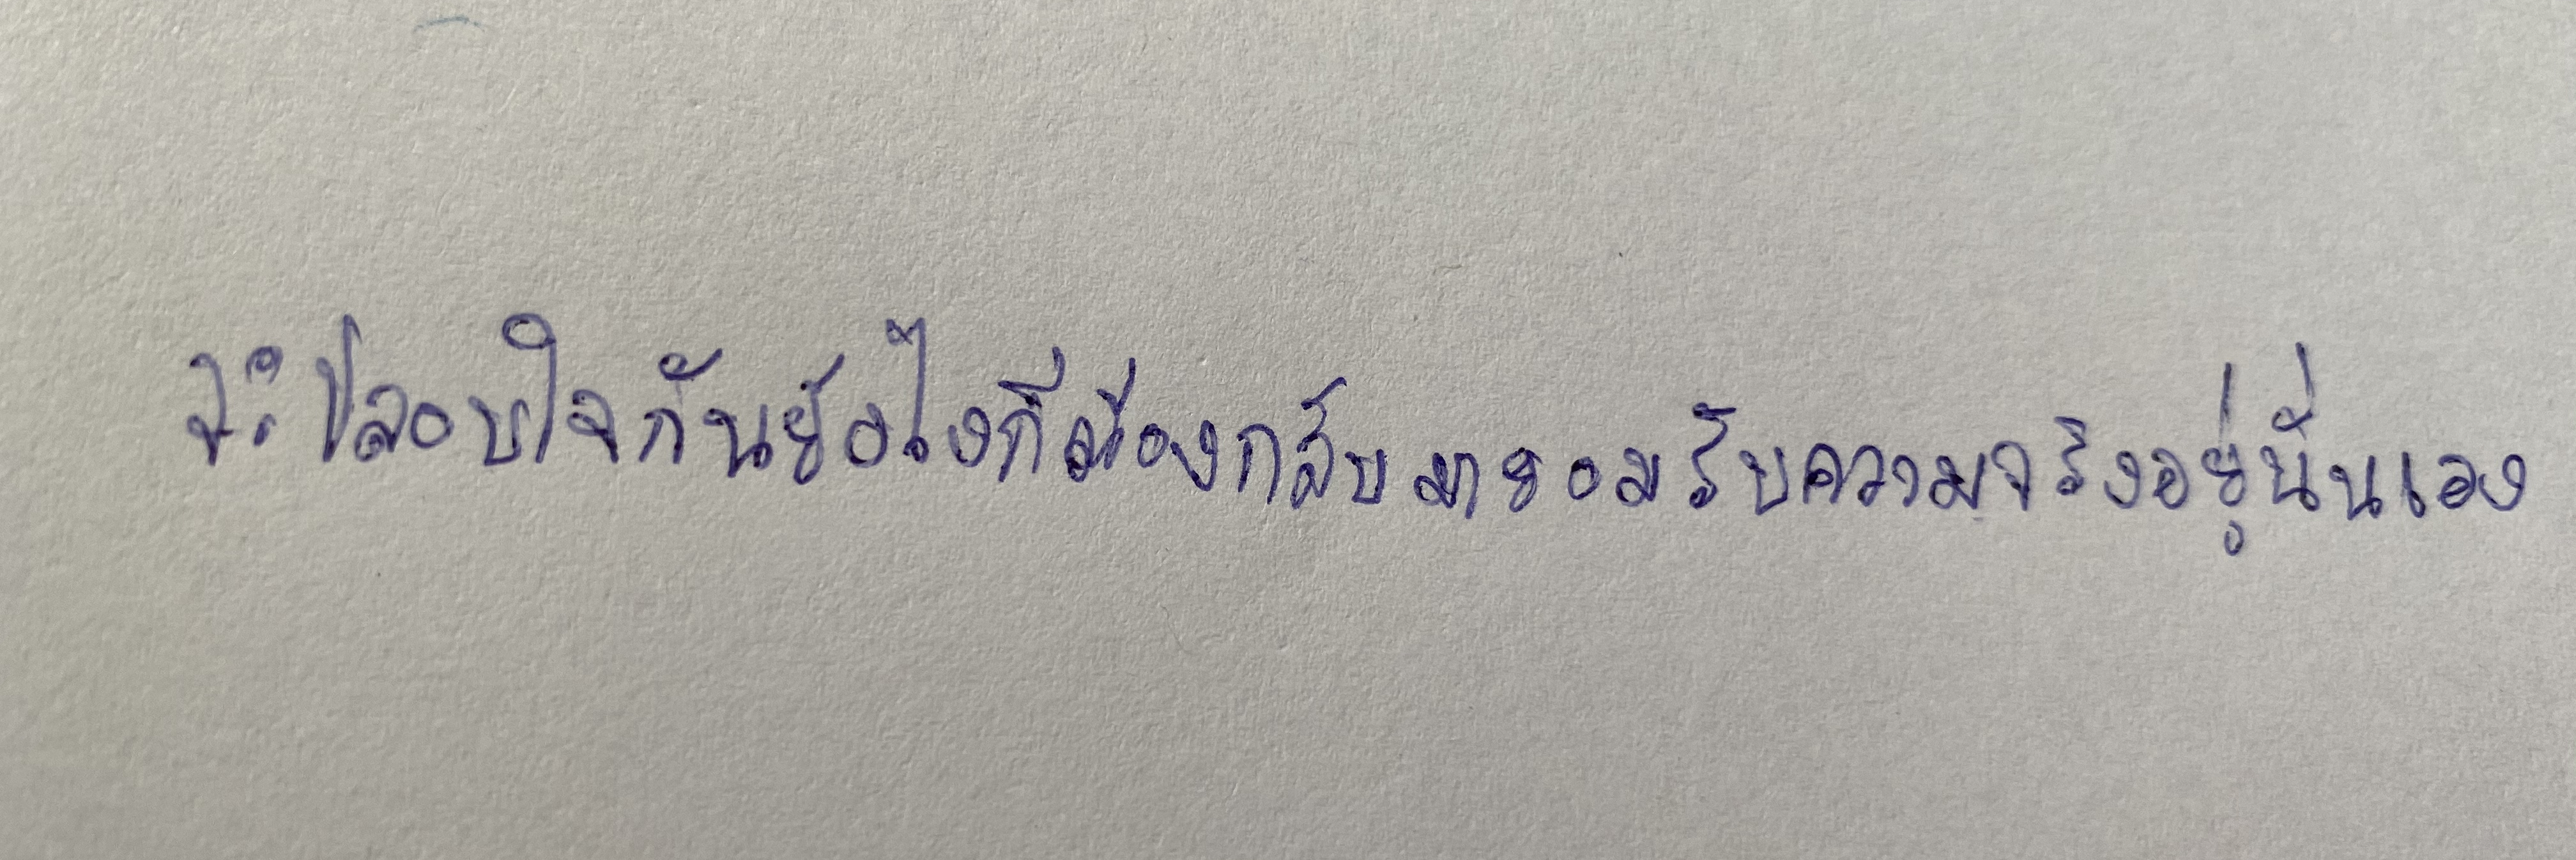
จะปลอบใจกันยังไงก็ต้องกลับมายอมรับความจริงอยู่นั่นเอง